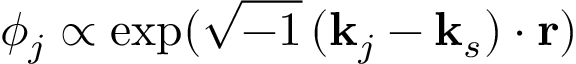
\phi _ { j } \propto \exp ( \sqrt { - 1 } \, ( { \bf k } _ { j } - { \bf k } _ { s } ) \cdot { \bf r } )